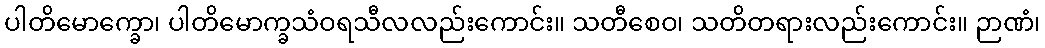
ပါတိမောက္ခော၊ ပါတိမောက္ခသံဝရသီလလည်းကောင်း။ သတီစေဝ၊ သတိတရားလည်းကောင်း။ ဉာဏံ၊